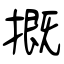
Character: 摡